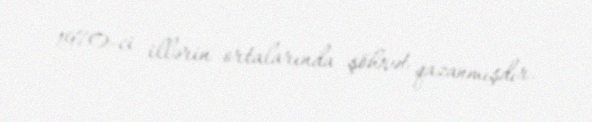
1970-ci illərin ortalarında şöhrət qazanmışdır.